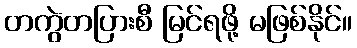
တကွဲတပြားစီ မြင်ရဖို့ မဖြစ်နိုင်။